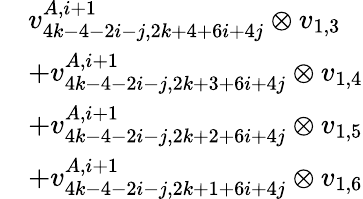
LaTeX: \begin{array}{rl}&{v_{4k-4-2i-j,2k+4+6i+4j}^{A,i+1}\otimes v_{1,3}}\\ &{+v_{4k-4-2i-j,2k+3+6i+4j}^{A,i+1}\otimes v_{1,4}}\\ &{+v_{4k-4-2i-j,2k+2+6i+4j}^{A,i+1}\otimes v_{1,5}}\\ &{+v_{4k-4-2i-j,2k+1+6i+4j}^{A,i+1}\otimes v_{1,6}}\end{array}